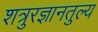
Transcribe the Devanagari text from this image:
शत्रुरज्ञानतुल्य